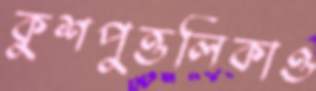
কুশপুত্তলিকাও